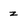
Character: z